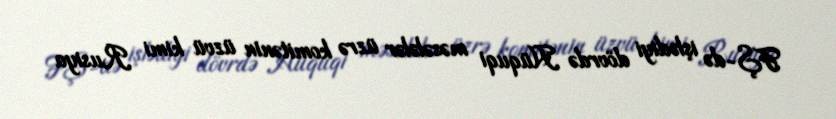
FŞ-də işlədiyi dövrdə Hüquqi məsələlər üzrə komitənin üzvü kimi Rusiya